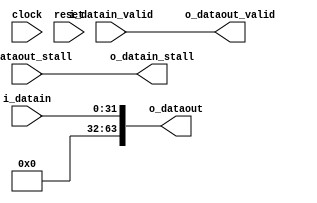
module vfabric_zextend(clock, reset, 
    i_datain, i_datain_valid, o_datain_stall, 
    o_dataout, i_dataout_stall, o_dataout_valid);

parameter DATAIN_WIDTH = 32;
parameter DATAOUT_WIDTH = 64;

  input clock, reset;
  input [DATAIN_WIDTH-1:0] i_datain;
  input i_datain_valid;
  output o_datain_stall;
  output [DATAOUT_WIDTH-1:0] o_dataout;
  input i_dataout_stall;
  output o_dataout_valid;
  
  assign o_dataout = {{DATAOUT_WIDTH{1'b0}}, i_datain[DATAIN_WIDTH-1:0]};
  assign o_datain_stall = i_dataout_stall;
  assign o_dataout_valid = i_datain_valid;
 
endmodule